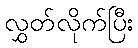
လွှတ်လိုက်ပြီး